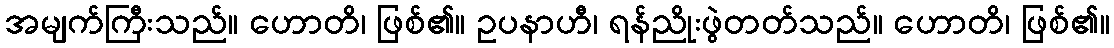
အမျက်ကြီးသည်။ ဟောတိ၊ ဖြစ်၏။ ဥပနာဟီ၊ ရန်ညိုးဖွဲတတ်သည်။ ဟောတိ၊ ဖြစ်၏။